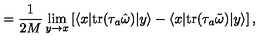
= \frac { 1 } { 2 M } \lim _ { y \to x } \left[ \langle x | \mathrm { t r } ( \tau _ { a } { \hat { \omega } } ) | y \rangle - \langle x | \mathrm { t r } ( \tau _ { a } { \tilde { \omega } } ) | y \rangle \right] ,